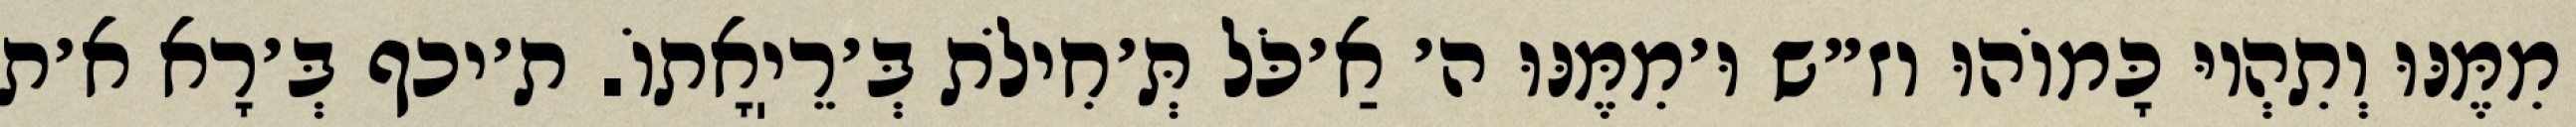
מִמֶּנּוּ וְתִהְיוּ כָּמוֹהוּ וז״ש וּ׳מִמֶּנּוּ ה׳ אַ׳כֹּל תְּ׳חִילֹת בְּ׳רֵיֽאָתוֹ. ת׳יכף בְּ׳רָא א׳ת